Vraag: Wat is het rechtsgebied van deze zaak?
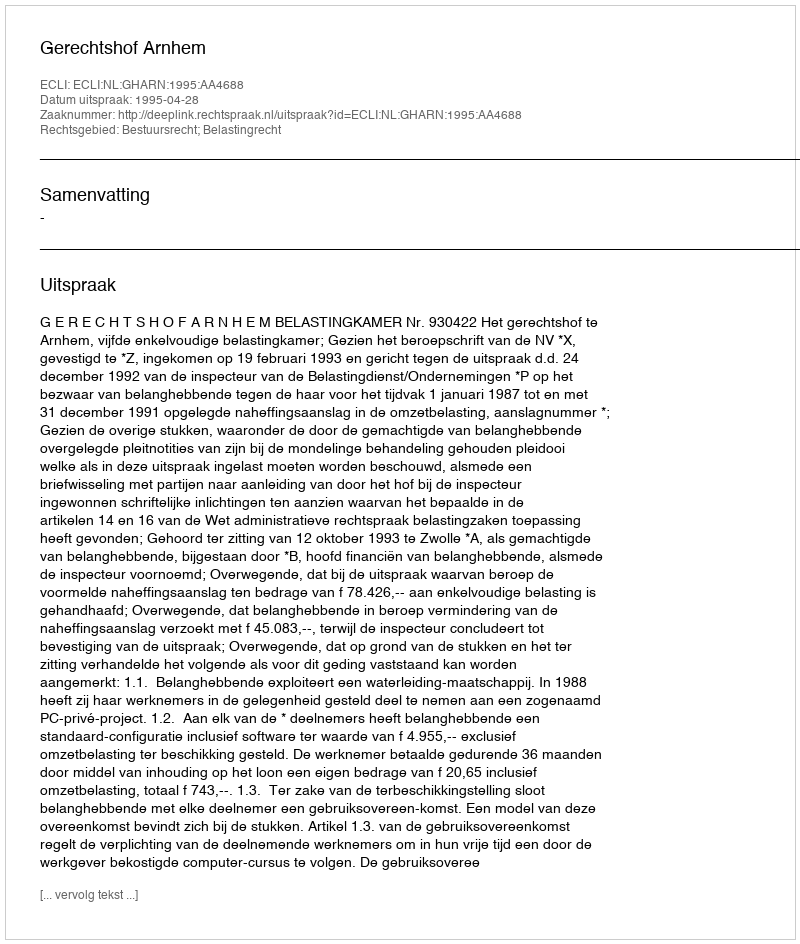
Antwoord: Bestuursrecht; Belastingrecht